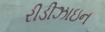
રીડીઝાઇન